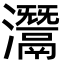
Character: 灊